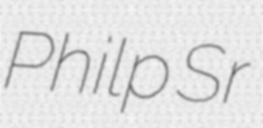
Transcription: Philp Sr